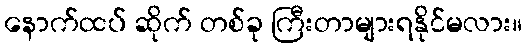
နောက်ထပ် ဆိုက် တစ်ခု ကြီးတာများရနိုင်မလား။